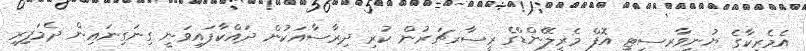
އެމެރިކާގެ ޔުނިވާރސިޓީ އޮފް މެރީލޭންޑްގެ ރީސާރޗަރުން ކުރި ދިރާސާއަކުން ދައްކާފައިވަނީ ގިނަގިނައިން ދެމަފިރި